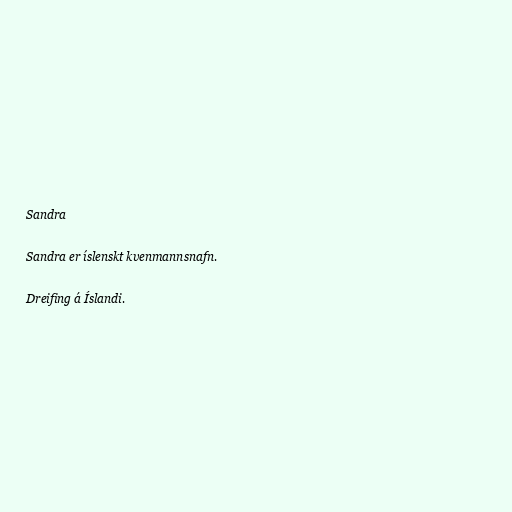
Sandra

Sandra er íslenskt kvenmannsnafn.

Dreifing á Íslandi.